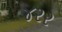
૪૨૨